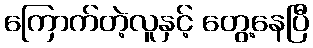
ကြောက်တဲ့လူနှင့် တွေ့နေပြီ